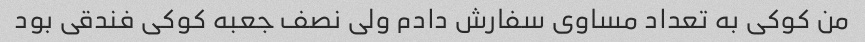
من کوکی به تعداد مساوی سفارش دادم ولی نصف جعبه کوکی فندقی بود